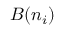
B ( n _ { i } )